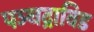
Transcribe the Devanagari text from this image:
पञ्चद्राविड